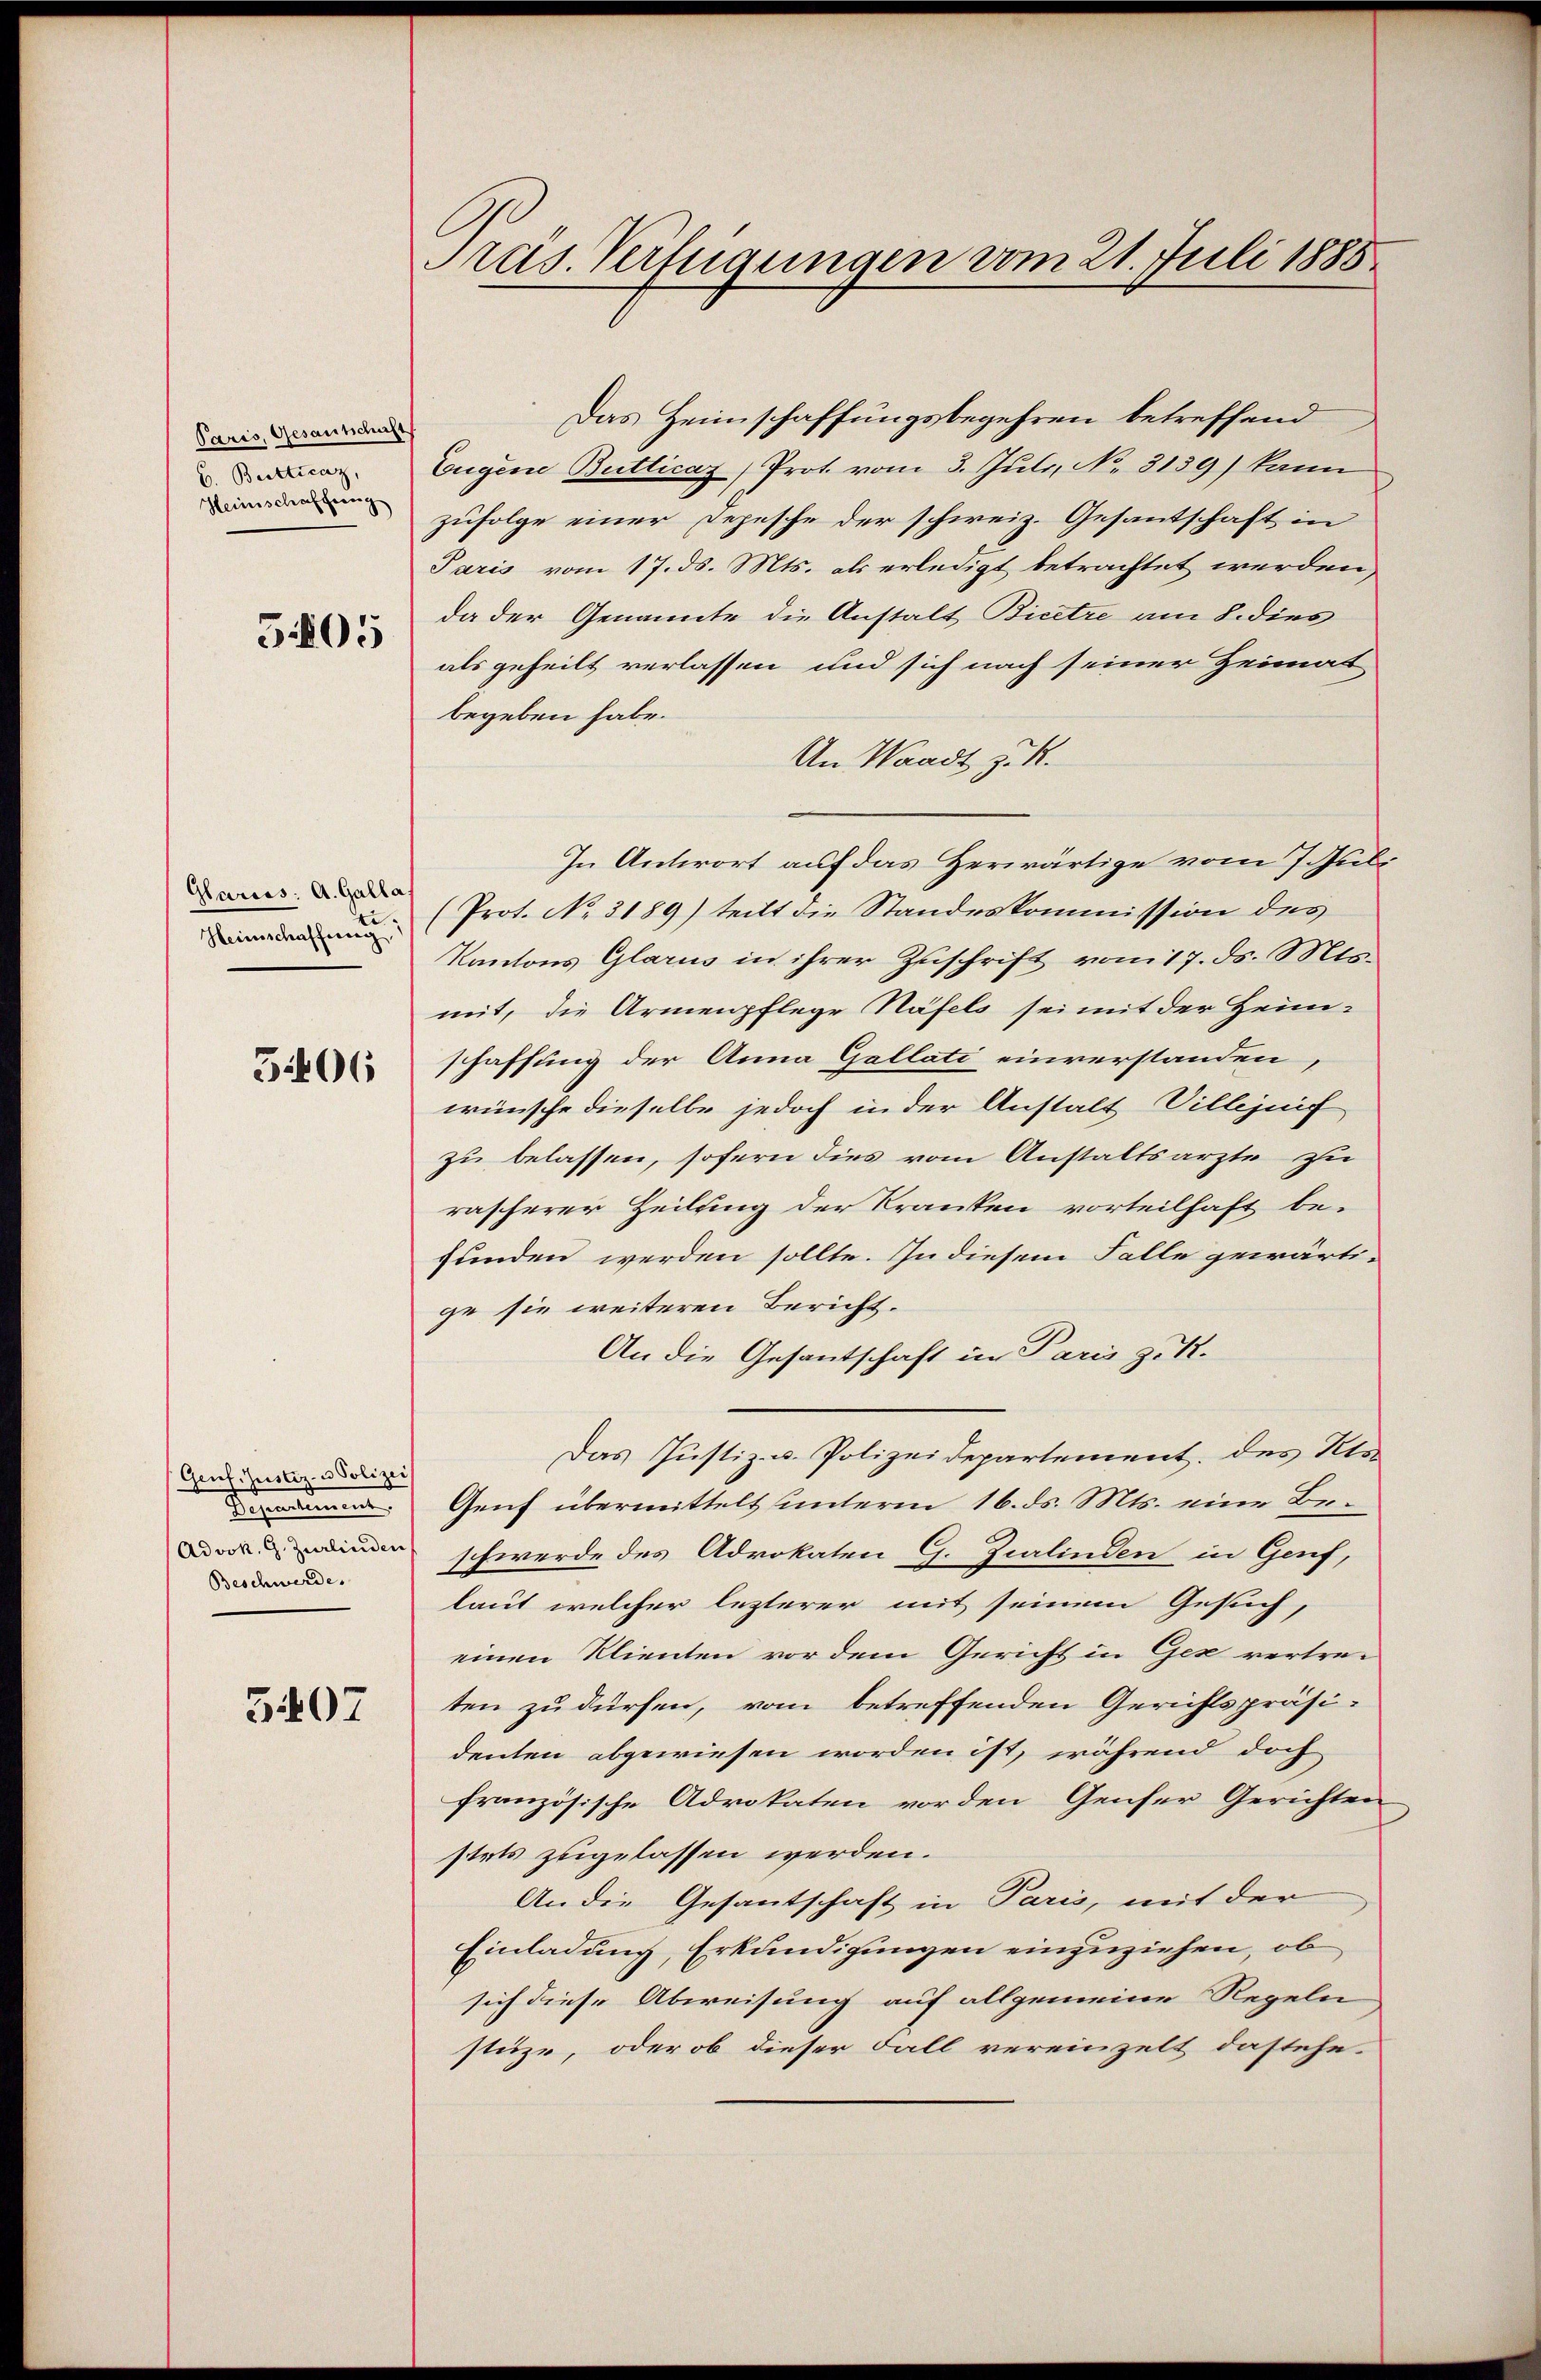
Paris, Gesantschaft
B. Butticaz,
Heimschaffung
505

Glarios: A. Galla
t
Heimschaffung

5406

(Genf.- Justiz- & Polizei
Sehentiment
(Advok. G. Zurlinden
Beschwerde.

5407

Pras. Verfügungen vom 21. Juli 1885.

Das Heimschaffungsbegehren betreffend
Eugene Butticaz) Prot. vom 3. Juli, No. 3139) kann
zufolge einer Depesche der schweiz. Gesantschaft in
Paris vom 17. ds. Mts. als erledigt betrachtet werden,
da der Genannte die Anstalt Bicetze am 8. dies
als geheilt verlassen und sich nach seiner Heimat
begeben habe.
An Waadt z. R.
In Antwort auf das Herwärtige vom 7. Juli
(Prot. No. 3189) teilt die Standeskommission des
Kantons Glarus in ihrer Zuschrift vom 17. ds. Mts.
mit, die Armenpflege Näfels sei mit der Heim-
schaffung der Anna Gallati einverstanden,
wünsche dieselbe jedoch in der Anstalt Villejuif
zu belassen, sofern dies vom Anstaltsarzte zu
rascherer Zeilung der Kranken vorteilhaft be-
funden werden sollte. In diesem Falle gewärti-
ge sie weiteren Bericht.
An die Gesantschaft in Paris z. B.
Das Justiz- u. Polizeidepartement des Kts.
Genf übermittelt unterm 16. ds. Mts. eine Beschwerde des Advokaten G. Zilinden in Genf,
laut welcher lezterer mit seinem Gesuch,
einen Klienten vor dem Gericht in Gez vertre-
ten zu dürfen, vom betreffenden Gerichtspräsi-
denten abgewiesen worden ist, während doch
französische Advokaten vorden Genfer Gerichten
stets zugelassen werden.
An die Gesantschaft in Paris, mit der
Einladung, Erkundigungen einzuziehen, ob
sich diese Abweisung auf allgemeine Regeln
stütze, oder ob dieser Fall vereinzelt dastehe.